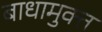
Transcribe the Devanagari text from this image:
बाधामुक्त